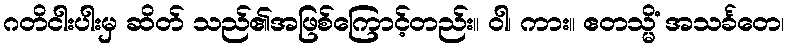
ဂတိငါးပါးမှ ဆိတ် သည်၏အဖြစ်ကြောင့်တည်း။ ဝါ၊ ကား။ ဧတသ္မိံ အသင်္ခတေ၊